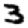
Digit: 3